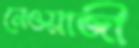
নেওয়াজী